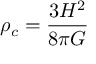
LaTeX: \rho _ { c } = { \frac { 3 H ^ { 2 } } { 8 { \pi } G } }